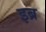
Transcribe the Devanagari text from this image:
इब्र